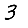
Digit: 3